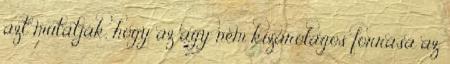
azt mutatják, hogy az agy nem kizárólagos forrása az